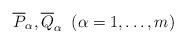
\begin{align*}\overline{P}_\alpha,\overline{Q}_\alpha \;\; (\alpha = 1,\dots, m)\end{align*}